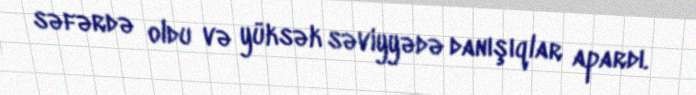
səfərdə oldu və yüksək səviyyədə danışıqlar apardı.